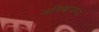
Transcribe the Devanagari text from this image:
अविद्याजन्य